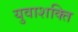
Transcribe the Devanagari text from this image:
युवाशक्‍ित